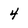
Character: 4